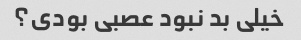
خیلی بد نبود عصبی بودی؟